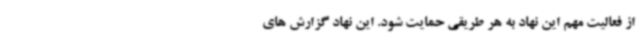
از فعالیت مهم این نهاد به هر طریقی حمایت شود. این نهاد گزارش های